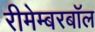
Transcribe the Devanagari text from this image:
रीमेम्बरबॉल